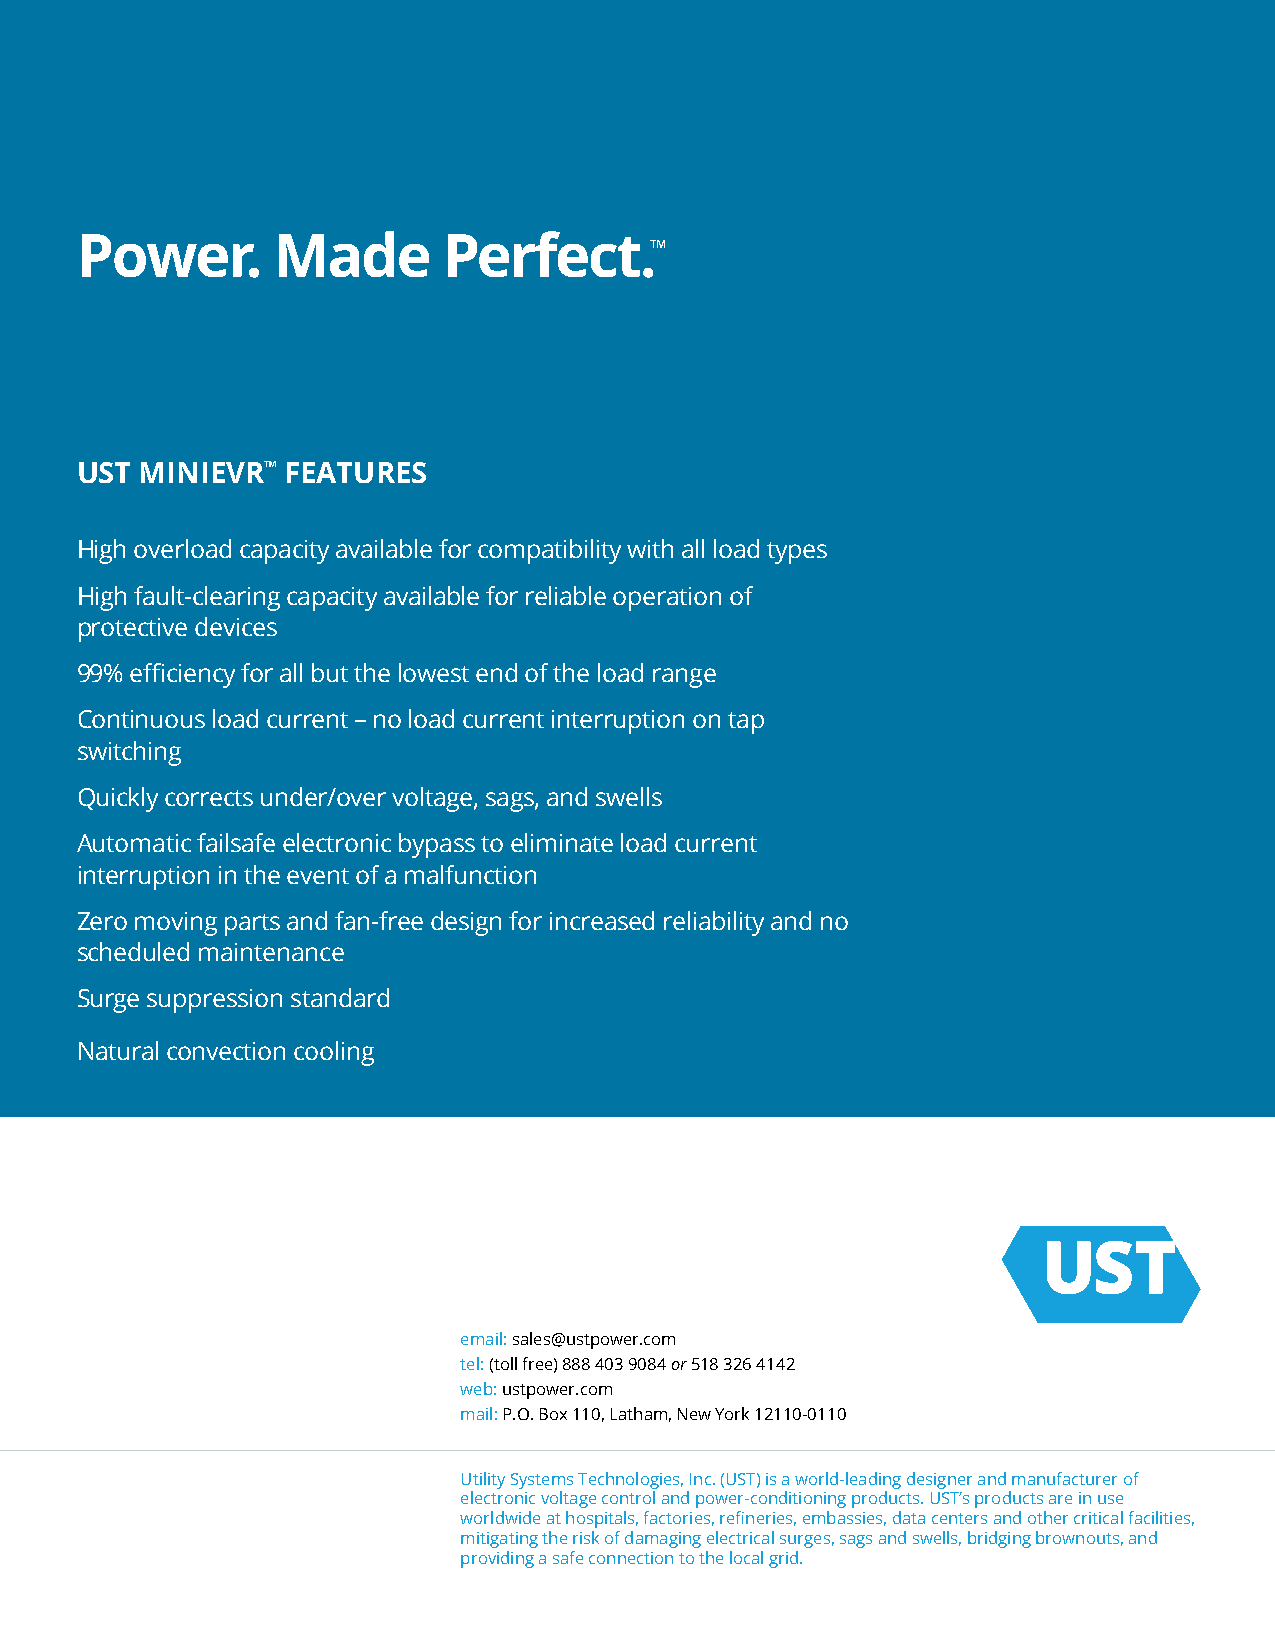
Power.       Made       Perfect.™
 UST MINIEVR™  FEATURES
 High overload capacity available for compatibility with all load types
 High fault-clearing capacity available for reliable operation of
 protective devices
 99% efficiency for all but the lowest end of the load range
 Continuous load current – no load current interruption on tap
 switching
 Quickly corrects under/over voltage, sags, and swells
 Automatic failsafe electronic bypass to eliminate load current
 interruption in the event of a malfunction
 Zero moving parts and fan-free design for increased reliability and no
 scheduled maintenance
 Surge suppression standard
 Natural convection cooling
 email: sales@ustpower.com
 tel: (toll free) 888 403 9084 or 518 326 4142
 web: ustpower.com
 mail: P.O. Box 110, Latham, New York 12110-0110
 Utility Systems Technologies, Inc. (UST) is a world-leading designer and manufacturer of
 electronic voltage control and power-conditioning products. UST’s products are in use
 worldwide at hospitals, factories, refineries, embassies, data centers and other critical facilities,
 mitigating the risk of damaging electrical surges, sags and swells, bridging brownouts, and
 providing a safe connection to the local grid.